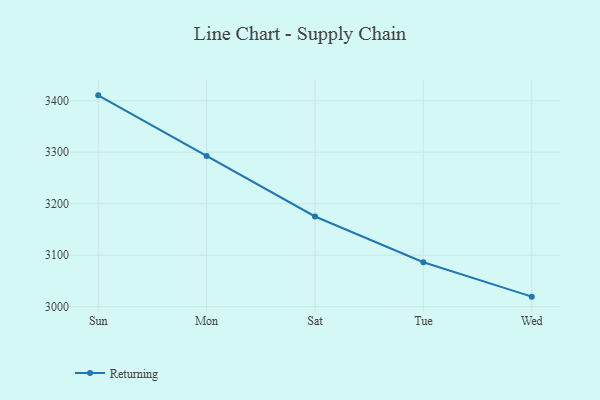
{"axis": {"x": "Day", "y": "Budget (USD K)"}, "legend": ["Returning"], "data": [{"x": "Sun", "y": 3410.6, "type": "Returning"}, {"x": "Mon", "y": 3292.9, "type": "Returning"}, {"x": "Sat", "y": 3175.2, "type": "Returning"}, {"x": "Tue", "y": 3086.3, "type": "Returning"}, {"x": "Wed", "y": 3019.4, "type": "Returning"}]}